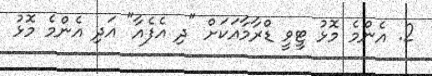
2. އެންމެ މޮޅު ޓީވީ ޑްރާމާއަކަށް "ދި އެފެއާ" އަދި އެންމެ މޮޅު